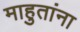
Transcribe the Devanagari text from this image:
माहुतांना